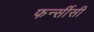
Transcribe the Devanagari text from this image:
फर्न्सीसी